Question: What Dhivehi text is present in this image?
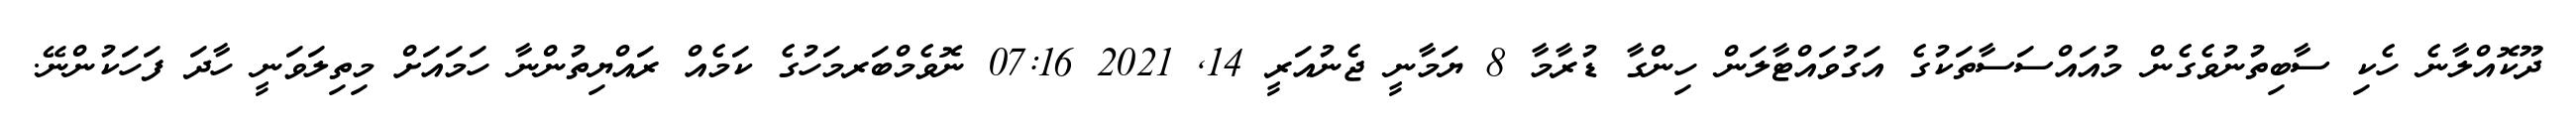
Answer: ދޫކޮއްލާނެ ހެކި ސާބިތުނުވެގެން މުއައްސަސާތަކުގެ އަގުވައްޓާލަން ހިންގާ ޑުރާމާ 8 ޔަމާނީ ޖެނުއަރީ 14, 2021 07:16 ނޮވެމްބަރމަހުގެ ކަމެއް ރައްޔިތުންނާ ހަމައަށް މިތިލަވަނީ ހާދަ ފަހަކުންނޭ.